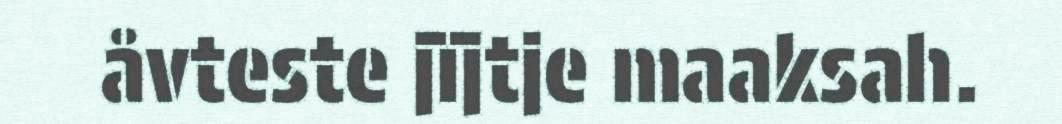
åvteste jïjtje maaksah.